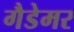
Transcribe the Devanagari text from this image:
गैडेमर